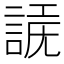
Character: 𧩗